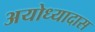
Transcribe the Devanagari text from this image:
अयोध्यादास